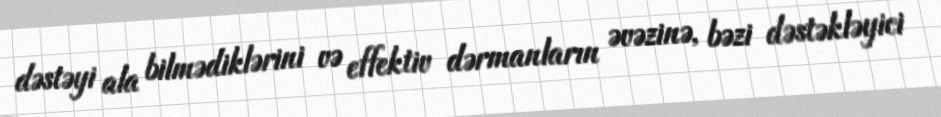
dəstəyi ala bilmədiklərini və effektiv dərmanların əvəzinə, bəzi dəstəkləyici